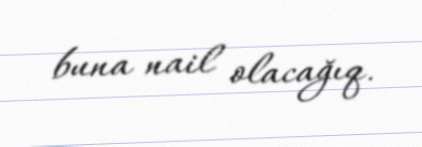
buna nail olacağıq.